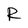
Character: R